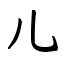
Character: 儿